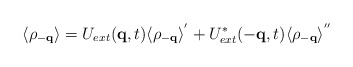
\begin{align*}\langle \rho_{ -{\bf{q}} } \rangle = U_{ext}({\bf{q}},t)\langle \rho_{ -{\bf{q}} } \rangle^{'}+ U^{*}_{ext}(-{\bf{q}},t)\langle \rho_{ -{\bf{q}} } \rangle^{''}\end{align*}